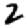
Digit: 2